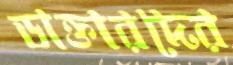
ডাক্তারদের